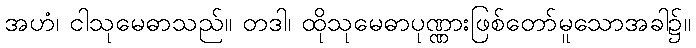
အဟံ၊ ငါသုမေဓာသည်။ တဒါ၊ ထိုသုမေဓာပုဏ္ဏားဖြစ်တော်မူသောအခါ၌။